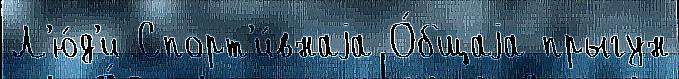
Л'ю́д'и Спорт'и́внаjа О́бщаjа прыгун